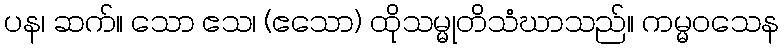
ပန၊ ဆက်။ သော ဧသ၊ (ဧသော) ထိုသမ္မုတိသံဃာသည်။ ကမ္မဝသေန